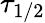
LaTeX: \tau_{1/2}